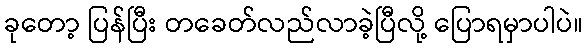
ခုတော့ ပြန်ပြီး တခေတ်လည်လာခဲ့ပြီလို့ ပြောရမှာပါပဲ။